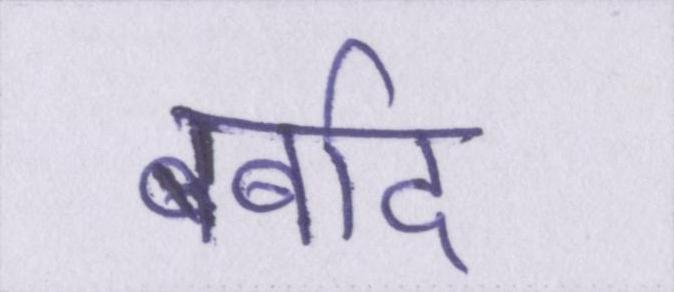
बर्बाद